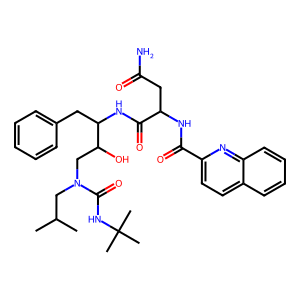
SMILES: CC(C)CN(CC(O)C(Cc1ccccc1)NC(=O)C(CC(N)=O)NC(=O)c1ccc2ccccc2n1)C(=O)NC(C)(C)C
Inhibits HIV replication: Yes